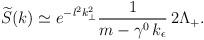
LaTeX: \begin{align*}\widetilde{S}(k) \simeq e^{-l^2 k_{\perp}^2} \frac{1}{m-\gamma^0\, k_{\epsilon}}\,2\Lambda_{+}.\end{align*}